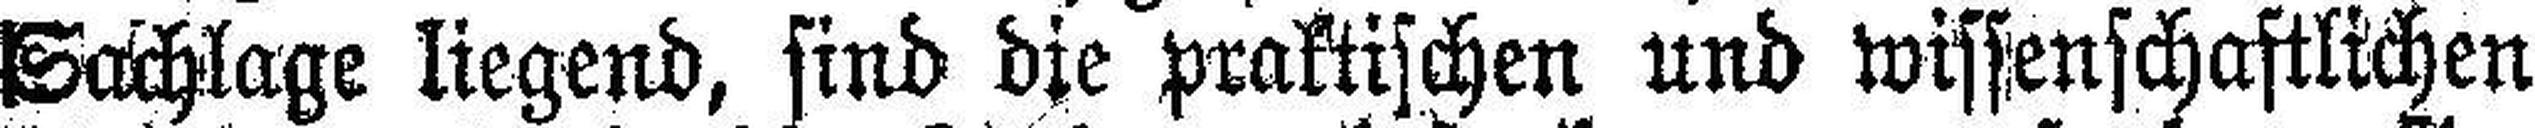
Sachlage liegend, sind die praktischen und wissenschaftlichen